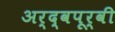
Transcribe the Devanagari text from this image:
अर्द्वपूर्वी